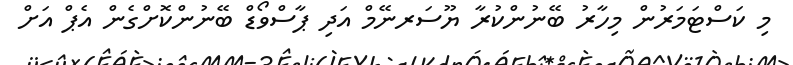
މި ކަސްޓަމަރުން މިހާރު ބޭނުންކުރާ ޔޫސަރނޭމް އަދި ޕާސްވޯޑް ބޭނުންކޮށްގެން އެޕް އަށް